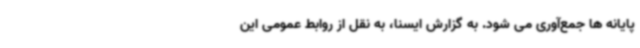
پایانه ها جمع‌آوری می شود. به گزارش ایسنا، به نقل از روابط عمومی این